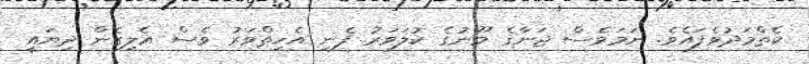
ކެތްމަދުވެފައެވެ. ނަމަވެސް ޖަނާގެ މޫނުގެ ކުލަވަރު ފެނި އެހިތްވަރު ވެސް އެލިގެން ދިޔައީ